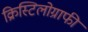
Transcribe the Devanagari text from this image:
क्रिस्टिलोग्राफी